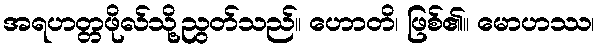
အရဟတ္တဖိုလ်သို့ညွတ်သည်။ ဟောတိ၊ ဖြစ်၏။ မောဟဿ၊